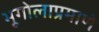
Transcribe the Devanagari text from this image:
भूगोलाप्रमाणे